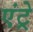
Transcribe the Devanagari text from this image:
एंट्रे